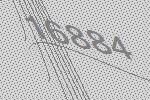
16884